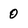
Character: 0